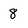
Character: 8